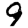
Digit: 9